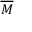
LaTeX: \overline { { M } }